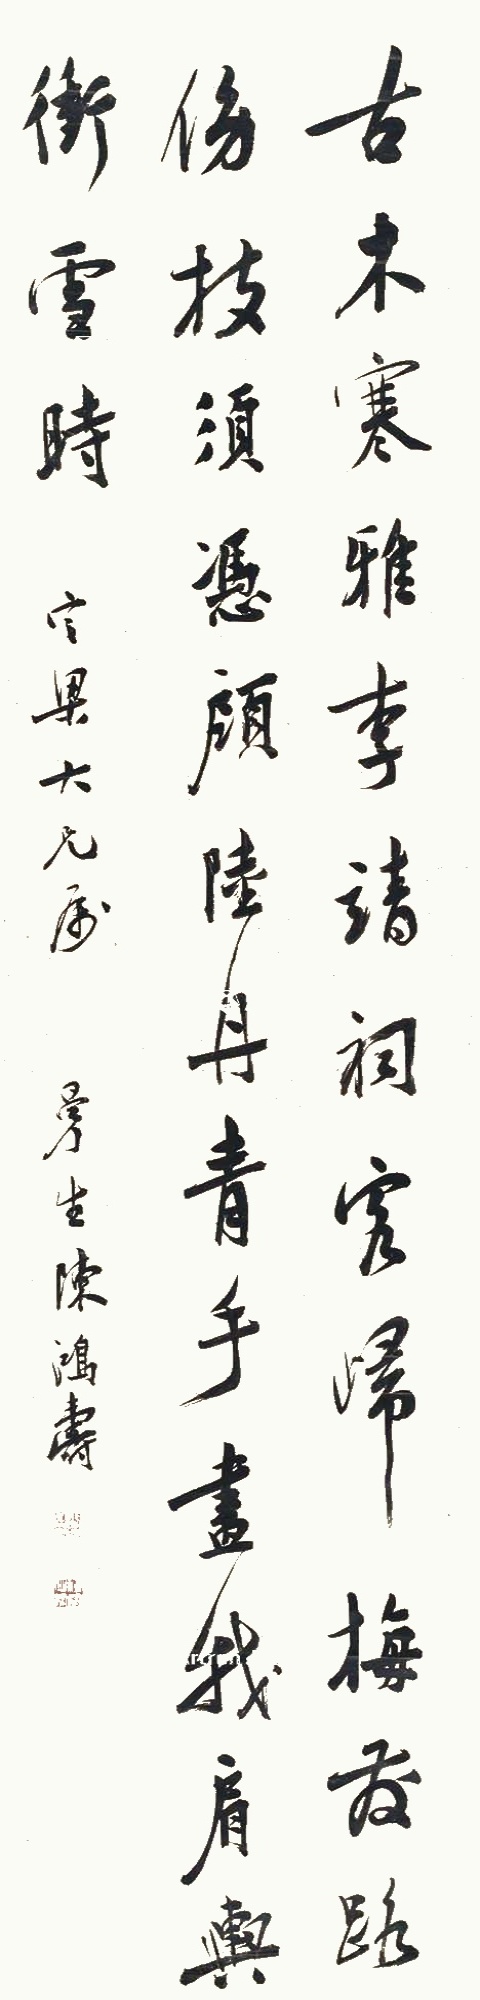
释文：古木寒雅李靖祠，客归梅发路傍枝。须凭顾陆丹青手，画我肩舆冲雪时。定梁大兄属，曼生陈鸿寿。